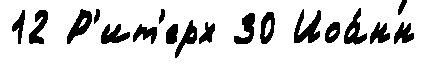
12 Р'ит'ерх 30 Иоа́нн